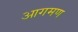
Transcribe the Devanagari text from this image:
आगमण